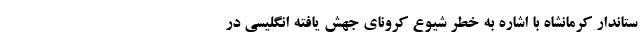
ستاندار کرمانشاه با اشاره به خطر شیوع کرونای جهش یافته انگلیسی در